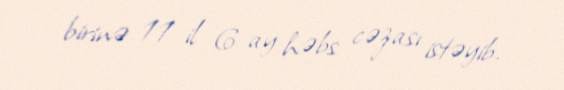
birinə 11 il 6 ay həbs cəzası istəyib.